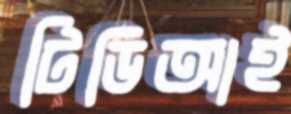
টিডিআই